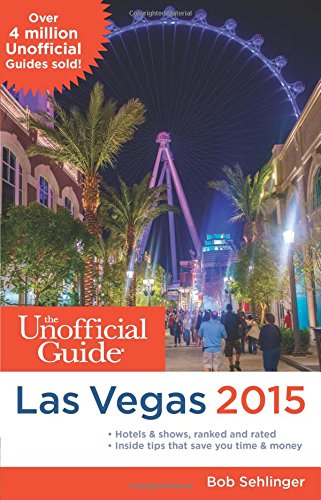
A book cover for The Unofficial Guide to Las Vegas 2015; Bob Sehlinger; Humor & Entertainment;